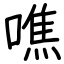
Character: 噍